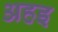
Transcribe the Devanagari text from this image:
अहइ